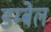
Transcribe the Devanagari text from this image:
डम्बेल